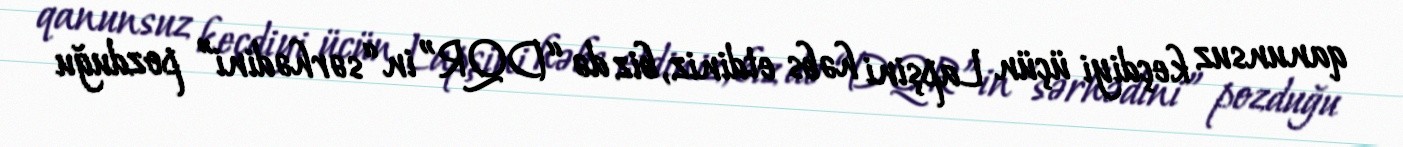
qanunsuz keçdiyi üçün Lapşini həbs etdiniz, biz də “DQR”in “sərhədini” pozduğu